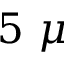
5 ~ \mu